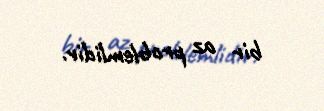
bir az problemlidir.